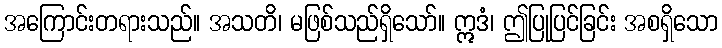
အကြောင်းတရားသည်။ အသတိ၊ မဖြစ်သည်ရှိသော်။ ဣဒံ၊ ဤပြုပြင်ခြင်း အစရှိသော